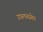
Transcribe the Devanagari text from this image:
उपलब्धतेत